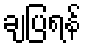
ချပြရန်